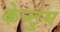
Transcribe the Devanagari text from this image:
केन्टुम